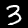
Digit: 3